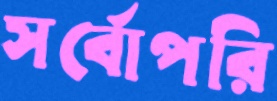
সর্বোপরি